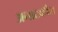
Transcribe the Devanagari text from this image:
अनाटकीय